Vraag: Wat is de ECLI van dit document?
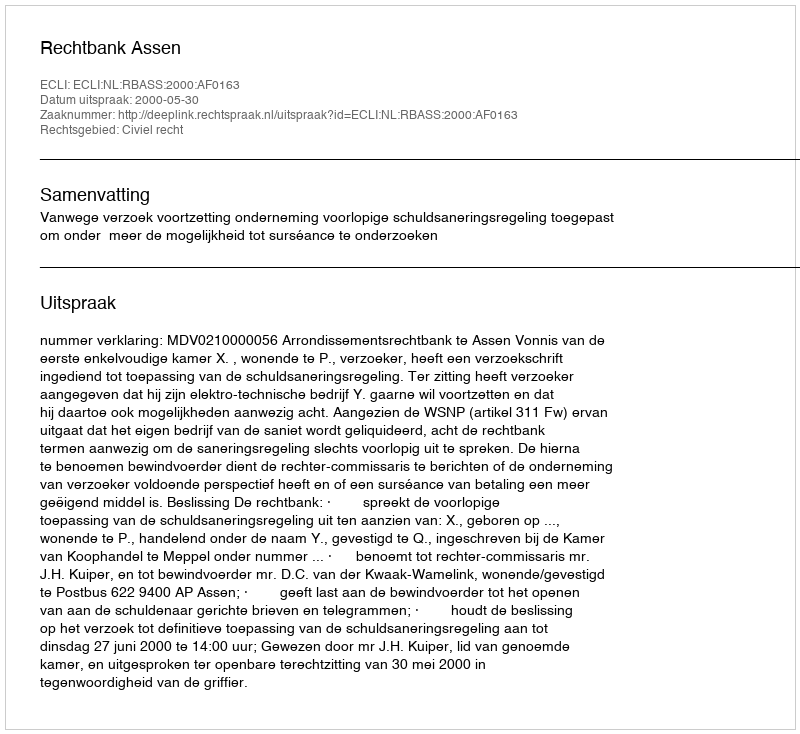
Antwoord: ECLI:NL:RBASS:2000:AF0163